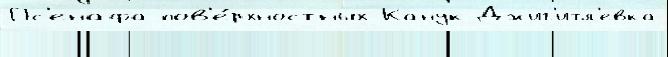
Пс'енафа пов'е́рхностных Канук Джиг'итл'евка